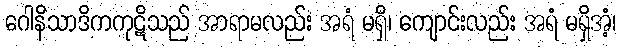
ဂေါနိသာဒိကကုဋိသည် အာရာမလည်း အရံ မရှိ၊ ကျောင်းလည်း အရံ မရှိအံ့၊